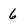
Character: 6